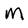
Character: M